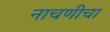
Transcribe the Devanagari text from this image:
नाचणीचा